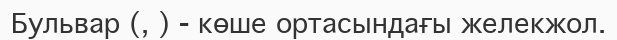
Бульвар (, ) - көше ортасындағы желекжол.